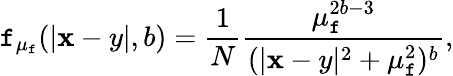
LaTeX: \mathtt{f}_{\mu_{\mathtt{f}}}(|{\mathbf{x}-y}|,b)=\frac{{1}}{{N}}\frac{{\mu_{\mathtt{f}}^{2b-3}}}{{(|{\mathbf{x}-y}|^{2}+\mu_{\mathtt{f}}^{2})^{b}}},